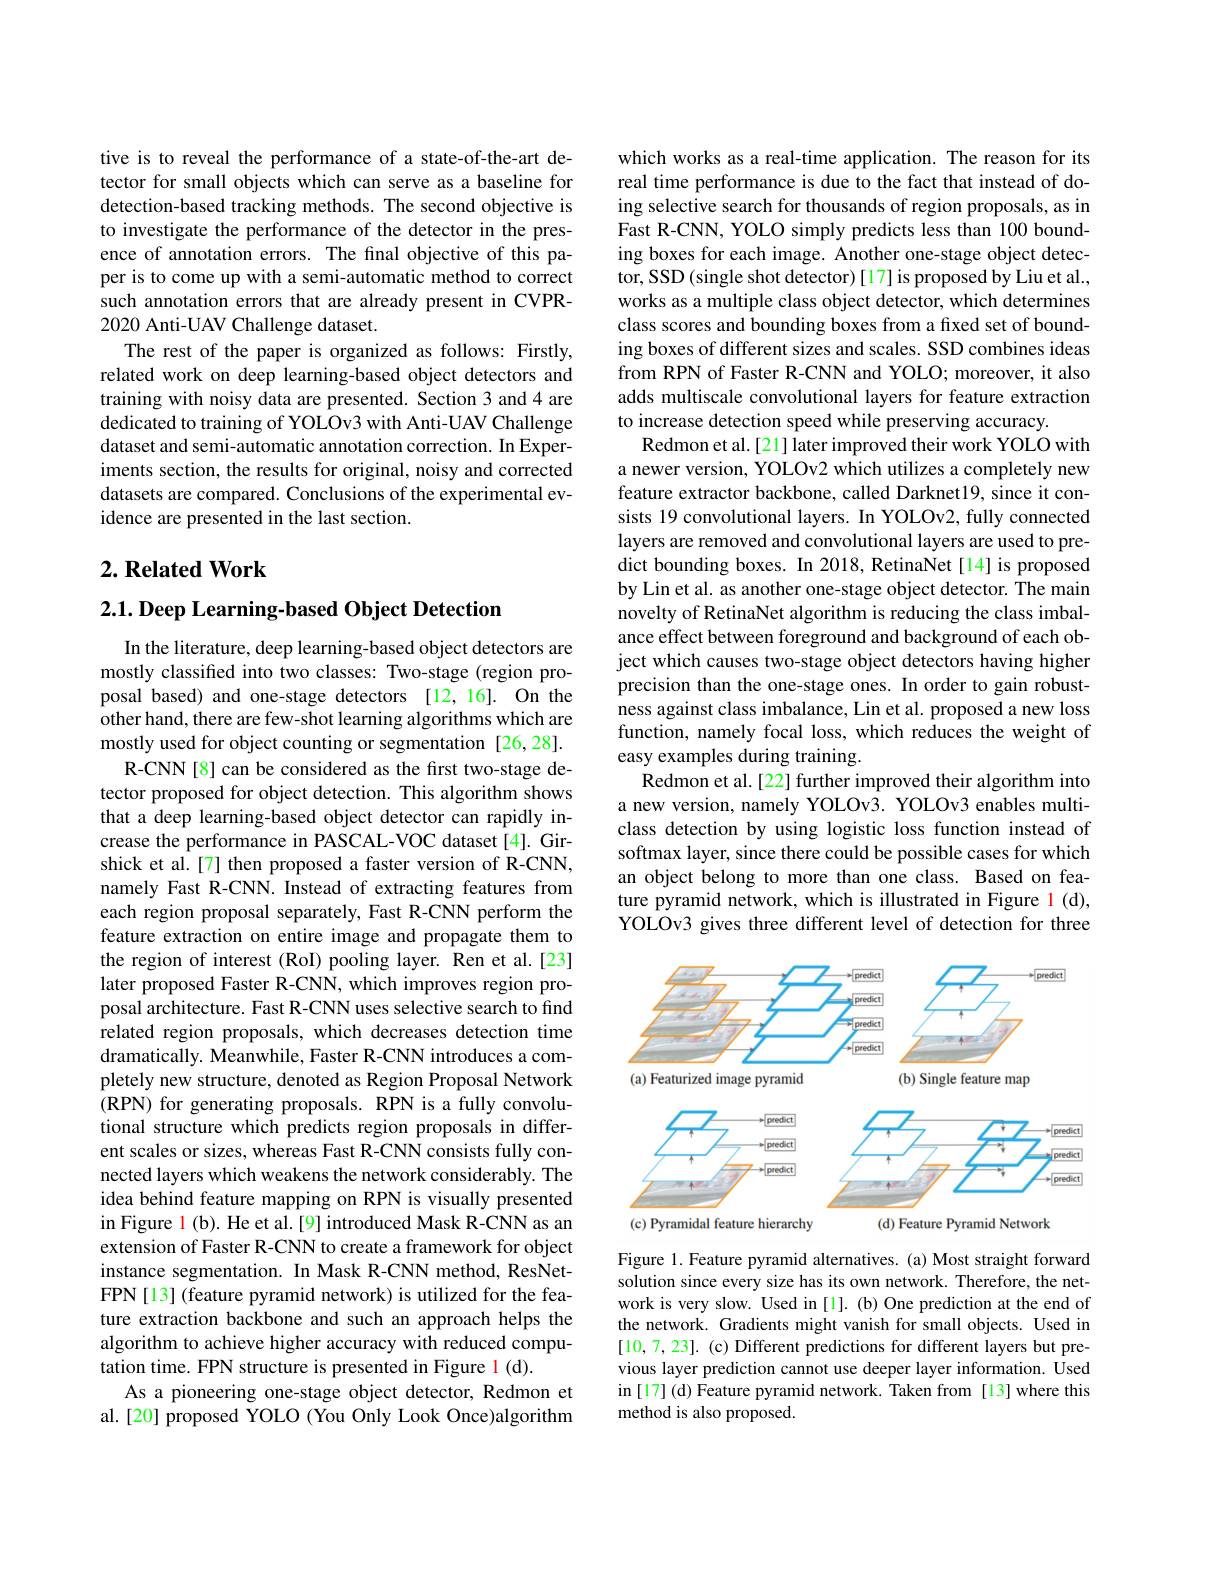
tive is to reveal the performance of a state-of-the-art detector for small objects which can serve as a baseline for detection-based tracking methods. The second objective is to investigate the performance of the detector in the presence of annotation errors. The final objective of this paper is to come up with a semi-automatic method to correct such annotation errors that are already present in CVPR- 2020 Anti-UAV Challenge dataset.
The rest of the paper is organized as follows: Firstly, related work on deep learning-based object detectors and training with noisy data are presented. Section 3 and 4 are dedicated to training of YOLOv3 with Anti-UAV Challenge dataset and semi-automatic annotation correction. In Experiments section, the results for original, noisy and corrected datasets are compared. Conclusions of the experimental evidence are presented in the last section.

## $2. \textbf{Related Work}$

$2. 1. \textbf{ Deep Learning- based Object Detection}$

In the literature, deep learning-based object detectors are mostly classified into two classes: Two-stage (region proposal based) and one-stage detectors [12,16]. On the other hand, there are few-shot learning algorithms which are mostly used for object counting or segmentation [26,28].
R-CNN[8] can be considered as the first two-stage detector proposed for object detection. This algorithm shows that a deep learning-based object detector can rapidly increase the performance in PASCAL-VOC dataset[4]. Girshick et al.[7] then proposed a faster version of R-CNN, namely Fast R-CNN. Instead of extracting features from each region proposal separately, Fast R-CNN perform the feature extraction on entire image and propagate them to the region of interest (RoI) pooling layer. Ren et al.[23] later proposed Faster R-CNN, which improves region proposal architecture. Fast R-CNN uses selective search to find related region proposals, which decreases detection time dramatically. Meanwhile, Faster R-CNN introduces a completely new structure, denoted as Region Proposal Network (RPN) for generating proposals. RPN is a fully convolutional structure which predicts region proposals in different scales or sizes, whereas Fast R-CNN consists fully connected layers which weakens the network considerably. The idea behind feature mapping on RPN is visually presented in Figure l (b). He et al.[9] introduced Mask R-CNN as an extension of Faster R-CNN to create a framework for object instance segmentation. In Mask R-CNN method, ResNetFPN[13] (feature pyramid network) is utilized for the feature extraction backbone and such an approach helps the algorithm to achieve higher accuracy with reduced computation time. FPN structure is presented in Figure l (d).
As a pioneering one-stage object detector, Redmon et al.[20] proposed YOLO (You Only Look Once)algorithm

which works as a real-time application. The reason for its real time performance is due to the fact that instead of doing selective search for thousands of region proposals, as in Fast R-CNN, YOLO simply predicts less than 100 bounding boxes for each image. Another one-stage object detector, SSD (single shot detector) [17] is proposed by Liu et al., works as a multiple class object detector, which determines class scores and bounding boxes from a fixed set of bounding boxes of different sizes and scales. SSD combines ideas from RPN of Faster R-CNN and YOLO; moreover, it also adds multiscale convolutional layers for feature extraction to increase detection speed while preserving accuracy.
Redmon et al.[21] later improved their work YOLO with a newer version, YOLOv2 which utilizes a completely new feature extractor backbone, called Darknet19, since it consists 19 convolutional layers. In YOLOv2, fully connected layers are removed and convolutional layers are used to predict bounding boxes. In 2018, RetinaNet[14] is proposed by Lin et al. as another one-stage object detector. The main novelty of RetinaNet algorithm is reducing the class imbalance effect between foreground and background of each object which causes two-stage object detectors having higher precision than the one-stage ones. In order to gain robustness against class imbalance, Lin et al. proposed a new loss function, namely focal loss, which reduces the weight of easy examples during training.
Redmon et al.[22] further improved their algorithm into a new version, namely YOLOv3. YOLOv3 enables multiclass detection by using logistic loss function instead of softmax layer, since there could be possible cases for which an object belong to more than one class. Based on feature pyramid network, which is illustrated in Figure 1(d), YOLOv3 gives three different level of detection for three

<FigureHere>

Figure 1. Feature pyramid alternatives. (a) Most straight forward solution since every size has its own network. Therefore, the network is very slow. Used in [1]. (b) One prediction at the end of the network. Gradients might vanish for small objects. Used in [10,7,23]. (c) Different predictions for different layers but previous layer prediction cannot use deeper layer information. Used in [ 17] ( d) Feature pyramid network. Taken from [ 13] where this method is also proposed.